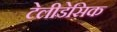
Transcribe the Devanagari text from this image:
टेलीडेसिक